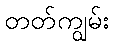
တတ်ကျွမ်း